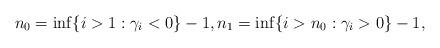
LaTeX: \begin{align*}n_0=\inf\{i>1: \gamma_i<0\}-1, n_1=\inf\{i>n_0: \gamma_i>0\}-1, \end{align*}